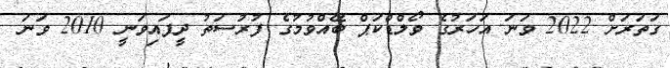
ގަތަރަށް 2022 ވަނަ އަހަރުގެ ވޯލްޑްކަޕް ބޭއްވުމުގެ ފުރުސަތު ދީފައިވަނީ 2010 ވަނަ